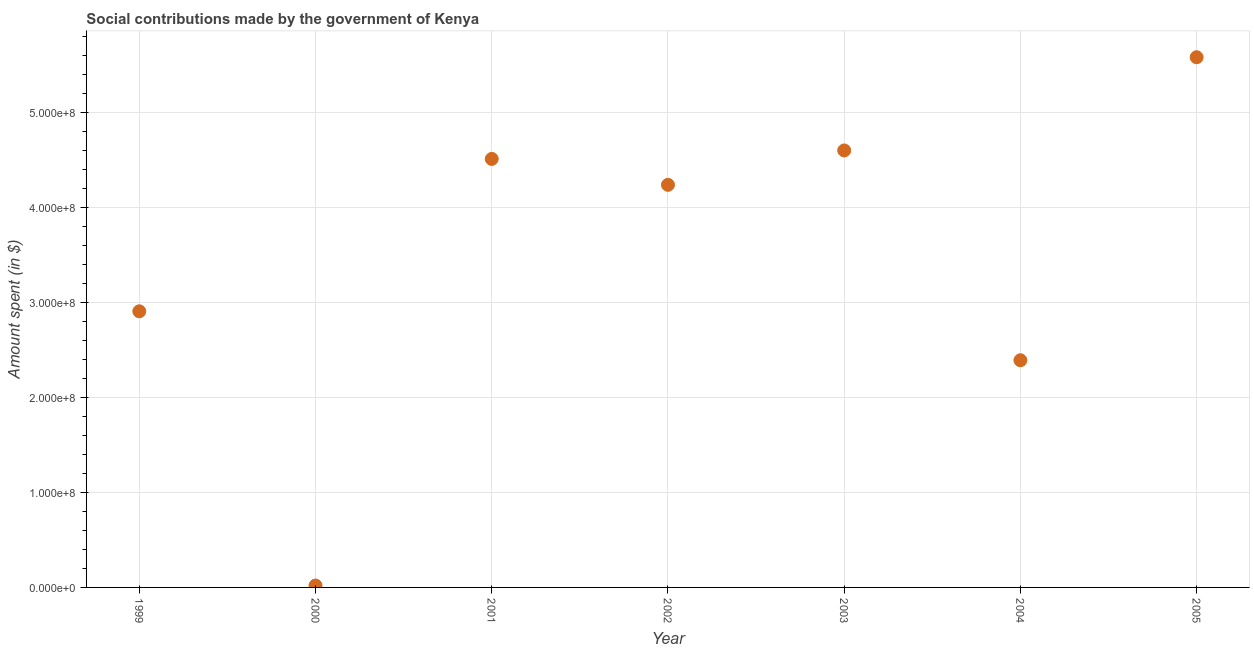
| Year | Social contributions |
 | --- | --- |
 | 1999 | 2.91e+08 |
 | 2000 | 2e+06 |
 | 2001 | 4.51e+08 |
 | 2002 | 4.24e+08 |
 | 2003 | 4.6e+08 |
 | 2004 | 2.39e+08 |
 | 2005 | 5.58e+08 |